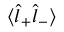
\langle \hat { l } _ { + } \hat { l } _ { - } \rangle